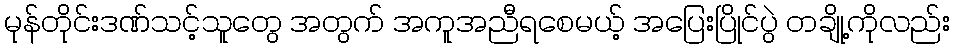
မုန်တိုင်းဒဏ်သင့်သူတွေ အတွက် အကူအညီရစေမယ့် အပြေးပြိုင်ပွဲ တချို့ကိုလည်း